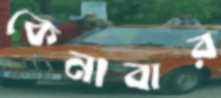
কেনাবার